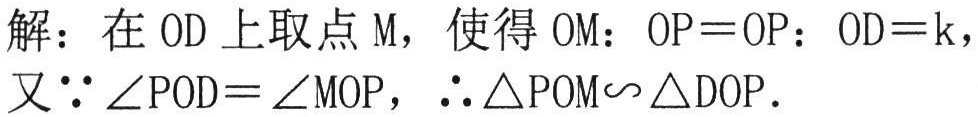
解：在\(OD\)上取点\(M\)，使得\(OM：OP = OP：OD = k\)，
又\(\because\angle POD=\angle MOP\)，\(\therefore\triangle POM\backsim\triangle DOP\)．